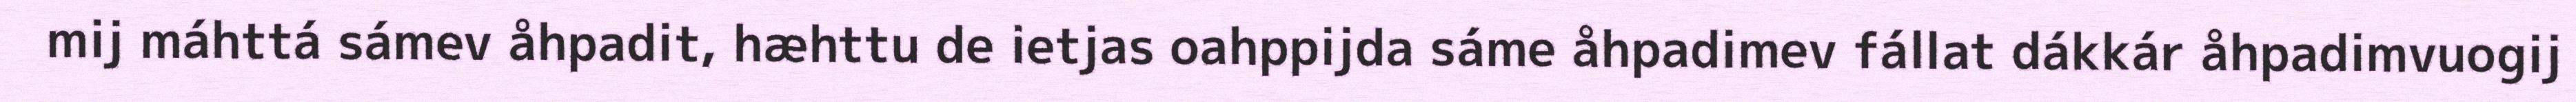
mij máhttá sámev åhpadit, hæhttu de ietjas oahppijda sáme åhpadimev fállat dákkár åhpadimvuogij